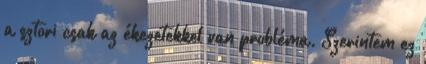
a sztori csak az ékezetekkel van probléma. Szerintem ez